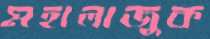
মহালাজুক